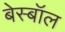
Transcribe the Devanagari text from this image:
बेस्बॉल